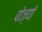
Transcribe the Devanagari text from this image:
पोज्यो